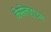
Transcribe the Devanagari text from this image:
केसेलहाउस